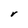
Character: V